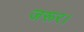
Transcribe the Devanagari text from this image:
जरूर।